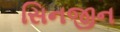
સિનજીન